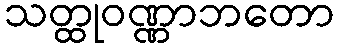
သတ္ထုဝဏ္ဏာဘတော